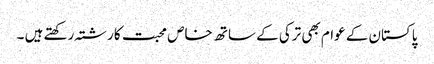
پاکستان کے عوام بھی ترکی کے ساتھ خاص محبت کا رشتہ رکھتے ہیں ۔